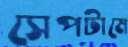
সেপটামে